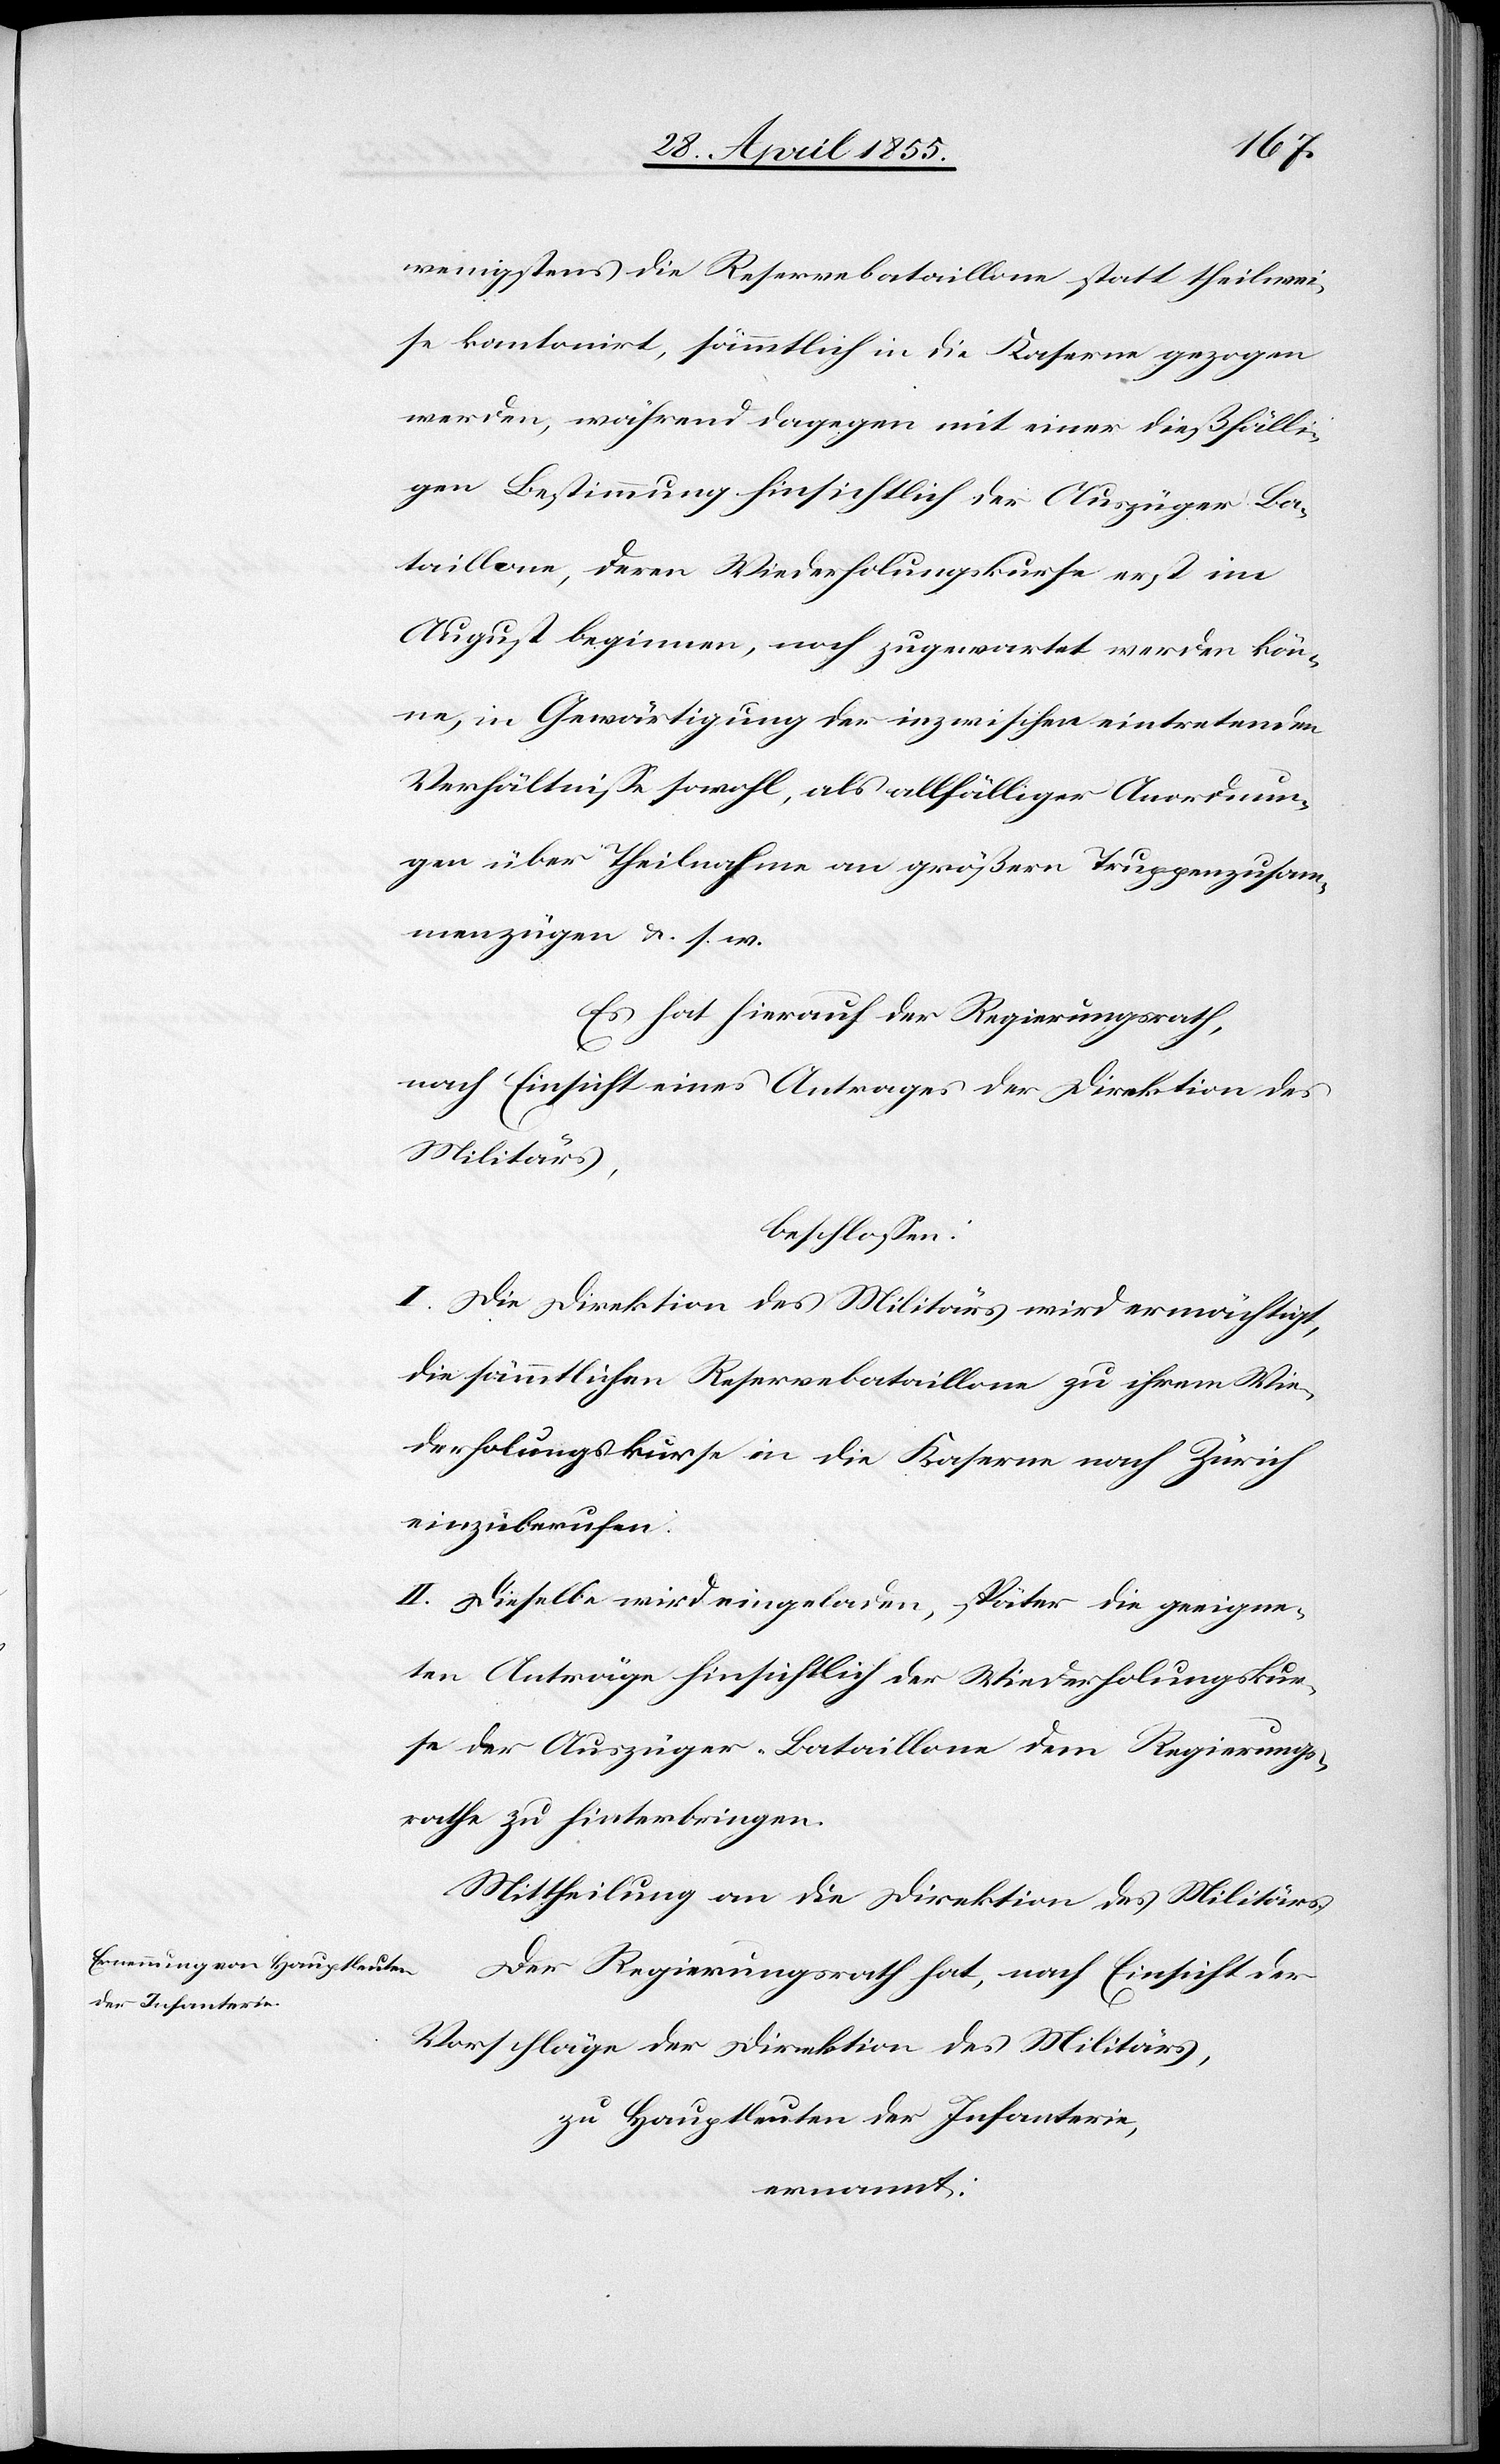
wenigstens die Reservebataillone statt theilwei¬
se kantonirt, sämmtlich in die Kaserne gezogen
werden, während dagegen mit einer dießfälli¬
gen Bestimmung hinsichtlich der Auszüger Ba¬
taillone, deren Wiederholungskurse erst im
August beginnen, noch zugewartet werden kön¬
ne, in Gewärtigung der inzwischen eintretenden
Verhältnisse sowohl, als allfälliger Anordnun¬
gen über Theilnahme an größern Truppenzusam¬
menzügen & s. w.
Es hat hierauf der Regierungsrath,
nach Einsicht eines Antrages der Direktion des
Militärs,
beschlossen:
I. Die Direktion des Militärs wird ermächtigt,
die sämmtlichen Reservebataillone zu ihrem Wie¬
derholungskurse in die Kaserne nach Zürich
einzuberufen
II. Dieselbe wird eingeladen, später die geeigne¬
ten Anträge hinsichtlich der Wiederholungskur¬
se der Auszüger-Bataillone dem Regierungs¬
rathe zu hinterbringen.
Mittheilung an die Direktion des Militärs.
Der Regierungsrath hat, nach Einsicht der
Vorschläge der Direktion des Militärs,
zu Hauptleuten der Infanterie,
ernannt: